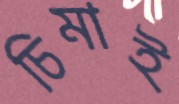
চিমাই